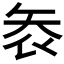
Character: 𭿾